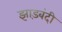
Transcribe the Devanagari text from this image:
झाड़बंदी